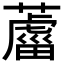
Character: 𦿊